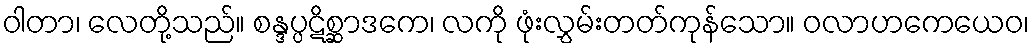
ဝါတာ၊ လေတို့သည်။ စန္ဒပ္ပဋိစ္ဆာဒကေ၊ လကို ဖုံးလွှမ်းတတ်ကုန်သော။ ဝလာဟကေယေဝ၊